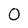
Character: 0